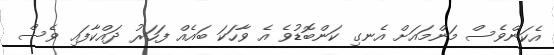
އެކަންވެސް މަންމައަށް އެނގި ކަންބޮޑުވެ އެ ވާހަކަ ބައެއް ފަހަރު ދައްކާފައި ވެސް